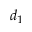
d _ { 1 }